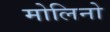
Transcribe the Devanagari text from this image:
मोलिनो